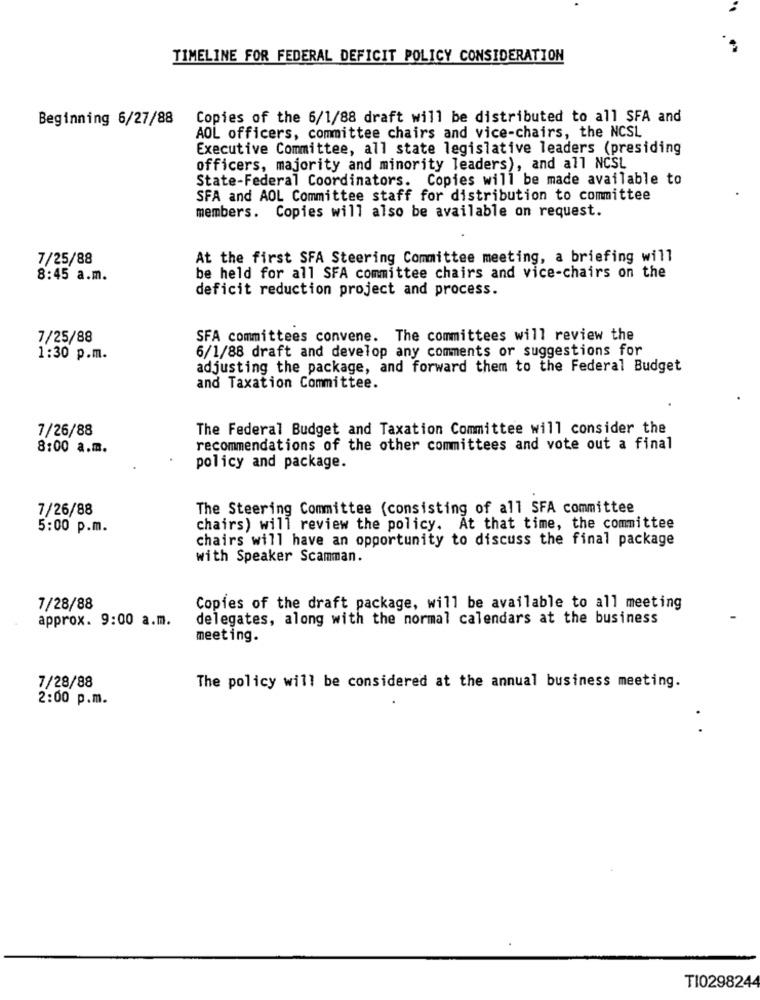
TIMELINE FOR FEDERAL DEFICIT POLICY CONSIDERATION
Beginning 6/27/88
Copies of the 6/1/88 draft will be distributed to all SFA and
AOL officers, committee chairs and vice-chairs, the NCSL
Executive Committee, all state legislative leaders (presiding
officers, majority and minority leaders), and all NCSL
State-Federal Coordinators. Copies will be made available to
SFA and AOL Committee staff for distribution to committee
members. Copies will also be available on request.
7/25/88
At the first SFA Steering Committee meeting, a briefing will
8:45 a.m.
be held for all SFA committee chairs and vice-chairs on the
deficit reduction project and process.
7/25/88
SFA committees convene. The committees will review the
6/1/88 draft and develop any comments or suggestions for
1:30 p.m.
adjusting the package, and forward them to the Federal Budget
and Taxation Committee.
7/26/88
The Federal Budget and Taxation Committee will consider the
8:00 a.m.
recommendations of the other committees and vote out a final
policy and package.
7/26/88
The Steering Committee (consisting of all SFA committee
5:00 p.m.
chairs) will review the policy. At that time, the committee
chairs will have an opportunity to discuss the final package
with Speaker Scamman.
7/28/88
Copies of the draft package, will be available to all meeting
approx. 9:00 a.m.
delegates, along with the normal calendars at the business
meeting.
7/28/88
The policy will be considered at the annual business meeting.
2:00 p.m.
.
TI0298244